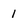
Character: 1